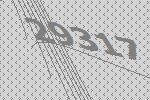
29317